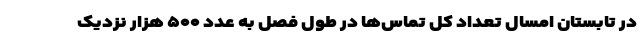
در تابستان امسال تعداد کل تماس‌ها در طول فصل به عدد ۵۰۰ هزار نزدیک